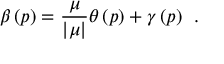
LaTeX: \beta \left( p \right) = \frac \mu { \left| \mu \right| } \theta \left( p \right) + \gamma \left( p \right) \; \, .